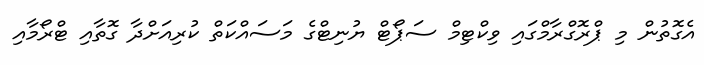
އެގޮތުން މި ޕްރޮގްރާމްގައި ވިކްޓިމް ސަޕޯޓް ޔުނިޓްގެ މަސައްކަތް ކުރިއަށްދާ ގޮތާއި ޓްރޯމާއި